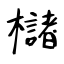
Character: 櫧